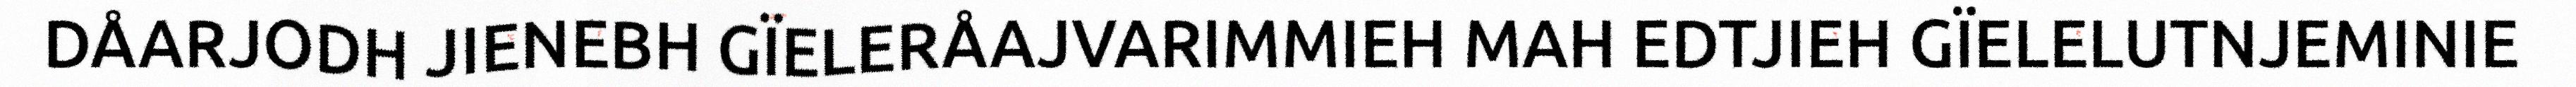
DÅARJODH JIENEBH GÏELERÅAJVARIMMIEH MAH EDTJIEH GÏELELUTNJEMINIE